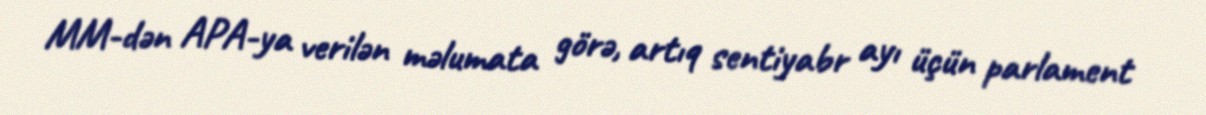
MM-dən APA-ya verilən məlumata görə, artıq sentiyabr ayı üçün parlament